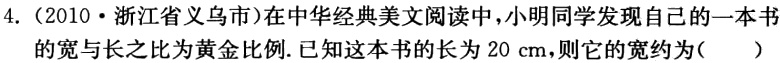
4.（2010·浙江省义乌市）在中华经典美文阅读中，小明同学发现自己的一本书的宽与长之比为黄金比例.已知这本书的长为20 cm，则它的宽约为(  ）